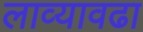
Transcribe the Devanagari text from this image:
लाव्यावढा